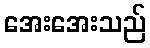
အေးအေးသည်